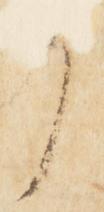
了